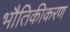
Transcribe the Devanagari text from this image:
भौतिकीकरण